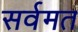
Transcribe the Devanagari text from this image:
सर्वमत